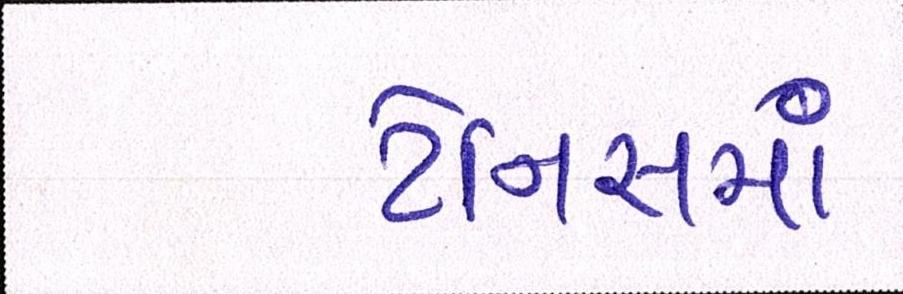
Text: ટેનિસમાં